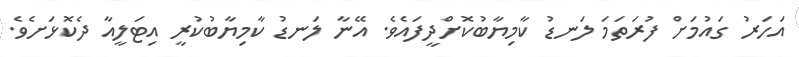
އަހަރު ގައުމަށް ފުރަތަމަ ލަނޑު ކާމިޔާބުކޮށްދީފައެވެ. އޭނާ ލަނޑު ކާމިޔާބުކުރީ އިޓަލީއާ ދެކޮޅަށެވެ.